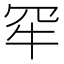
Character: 𤘰